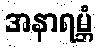
အနာရမ္ဘံ